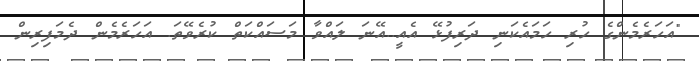
"އަހަރެމެންގެ ހުރި ހަމައެކަނި ދަރިފުޅޭ އެއީ..އޭނަ ލައްވާ މަސައްކަތް ކުރެވޭތަ. އަހަރެމެން ދެމަފިރިން